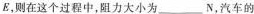
E，则在这个过程中，阻力大小为___N，汽车的